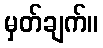
မှတ်ချက်။